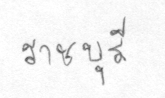
ราชบุรี